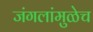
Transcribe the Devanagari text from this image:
जंगलांमुळेच